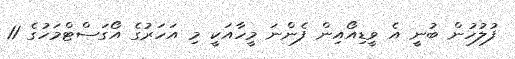
ފުލުހުން ބުނީ އެ ވީޑިއޯއިން ފެންނަ މީހާއަކީ މި އަހަރުގެ އޯގަސްޓްމަހުގެ 11